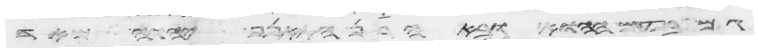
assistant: גם בפעם ההוא ובאהרן התאנף יהוה מאד